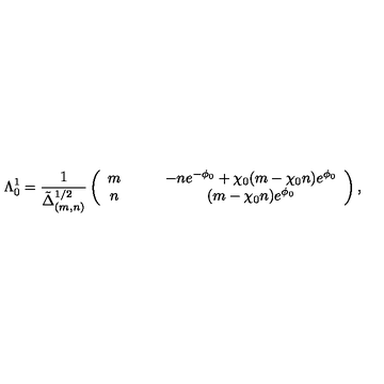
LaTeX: \Lambda _ { 0 } ^ { 1 } = \frac { 1 } { \tilde { \Delta } _ { ( m , n ) } ^ { 1 / 2 } } \left( \begin{array} { c c } { m \qquad } & { - n e ^ { - \phi _ { 0 } } + \chi _ { 0 } ( m - \chi _ { 0 } n ) e ^ { \phi _ { 0 } } } \\ { n \qquad } & { ( m - \chi _ { 0 } n ) e ^ { \phi _ { 0 } } } \\ \end{array} \right) ,